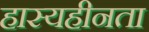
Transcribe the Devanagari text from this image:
हास्यहीनता